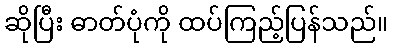
ဆိုပြီး ဓာတ်ပုံကို ထပ်ကြည့်ပြန်သည်။